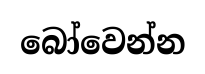
බෝවෙන්න